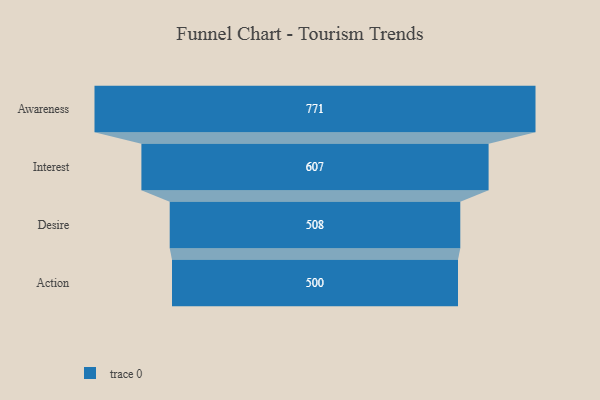
{"axis": {"x": "Stage", "y": "Value"}, "legend": [""], "data": [{"x": "Awareness", "y": 771.0, "type": ""}, {"x": "Interest", "y": 607.0, "type": ""}, {"x": "Desire", "y": 508.0, "type": ""}, {"x": "Action", "y": 500, "type": ""}]}